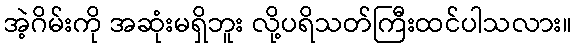
အဲ့ဂိမ်းကို အဆုံးမရှိဘူး လို့ပရိသတ်ကြီးထင်ပါသလား။